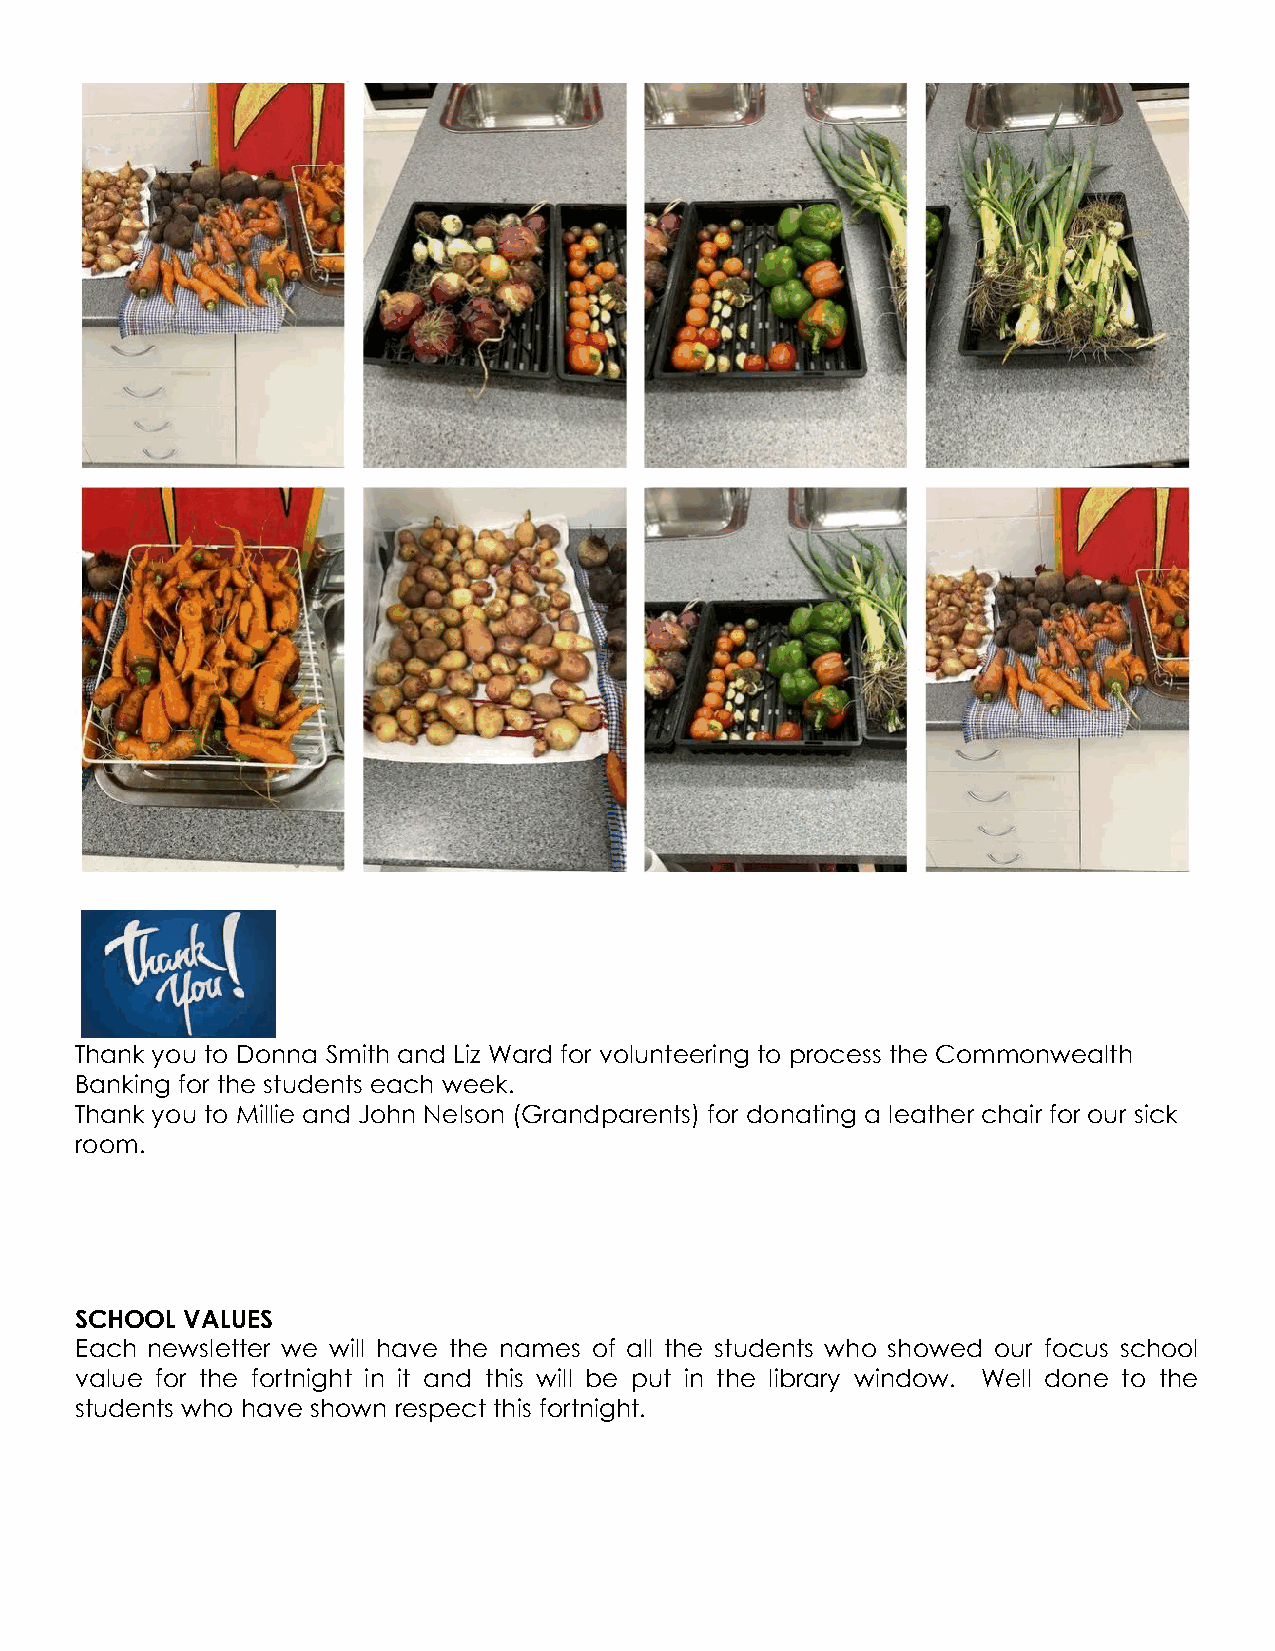
Thank you to Donna Smith and Liz Ward for volunteering to process the Commonwealth
 Banking for the students each week.
 Thank you to Millie and John Nelson (Grandparents) for donating a leather chair for our sick
 room.
 SCHOOL VALUES
 Each newsletter we will have the names of all the students who showed our focus school
 value for the fortnight in it and this will be put in the library window. Well done to the
 students who have shown respect this fortnight.